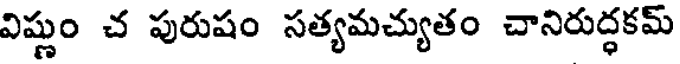
విష్ణుం చ పురుషం సత్యమచ్యుతం చానిరుద్ధకమ్